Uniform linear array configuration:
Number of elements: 16
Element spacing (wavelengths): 0.25
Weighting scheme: binomial
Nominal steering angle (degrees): -15
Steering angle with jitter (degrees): -16.104
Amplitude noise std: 0.05
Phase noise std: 0.05

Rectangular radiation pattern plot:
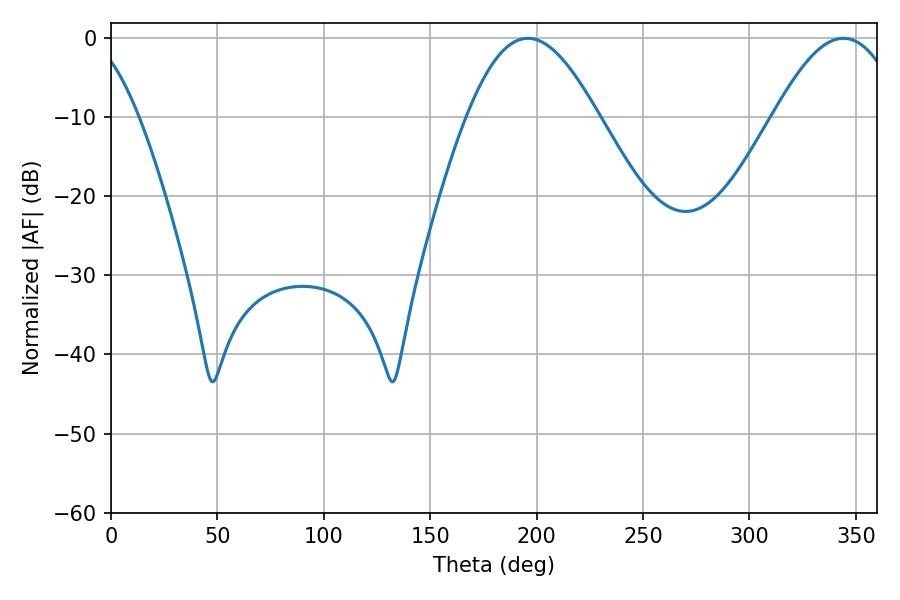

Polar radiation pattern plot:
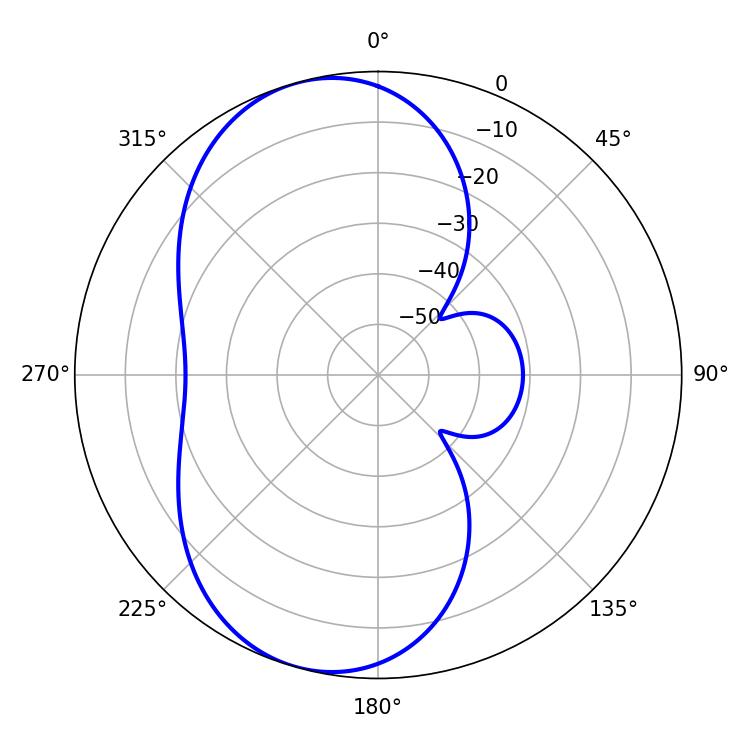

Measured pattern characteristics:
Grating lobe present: FALSE
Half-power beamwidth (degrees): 33.3
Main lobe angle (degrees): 195.84